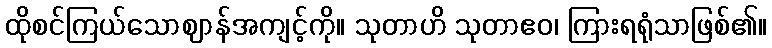
ထိုစင်ကြယ်သောဈာန်အကျင့်ကို။ သုတာဟိ သုတာဧဝ၊ ကြားရရုံသာဖြစ်၏။